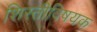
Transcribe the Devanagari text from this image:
शिस्तीविषयक